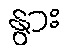
နွား